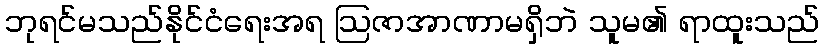
ဘုရင်မသည်နိုင်ငံရေးအရ ဩဇာအာဏာမရှိဘဲ သူမ၏ ရာထူးသည်